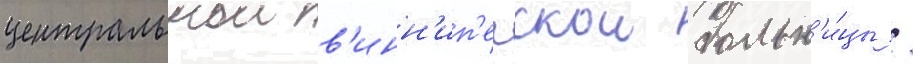
центральнои в'инн'ип'егскои больн'и́цы /